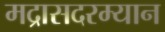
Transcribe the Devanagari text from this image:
मद्रासदरम्यान